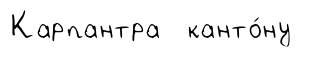
Карпантра канто́ну